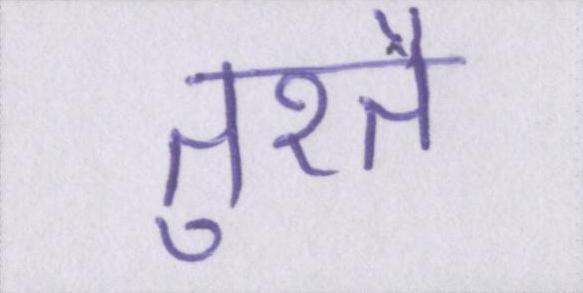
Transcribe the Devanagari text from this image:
तुरतै